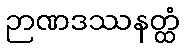
ဉာဏဒဿနတ္ထံ